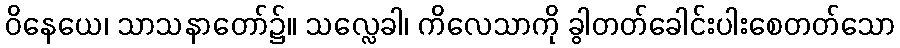
ဝိနေယေ၊ သာသနာတော်၌။ သလ္လေခါ၊ ကိလေသာကို ခွါတတ်ခေါင်းပါးစေတတ်သော